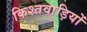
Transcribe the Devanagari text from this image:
किश्तवाड़ियों